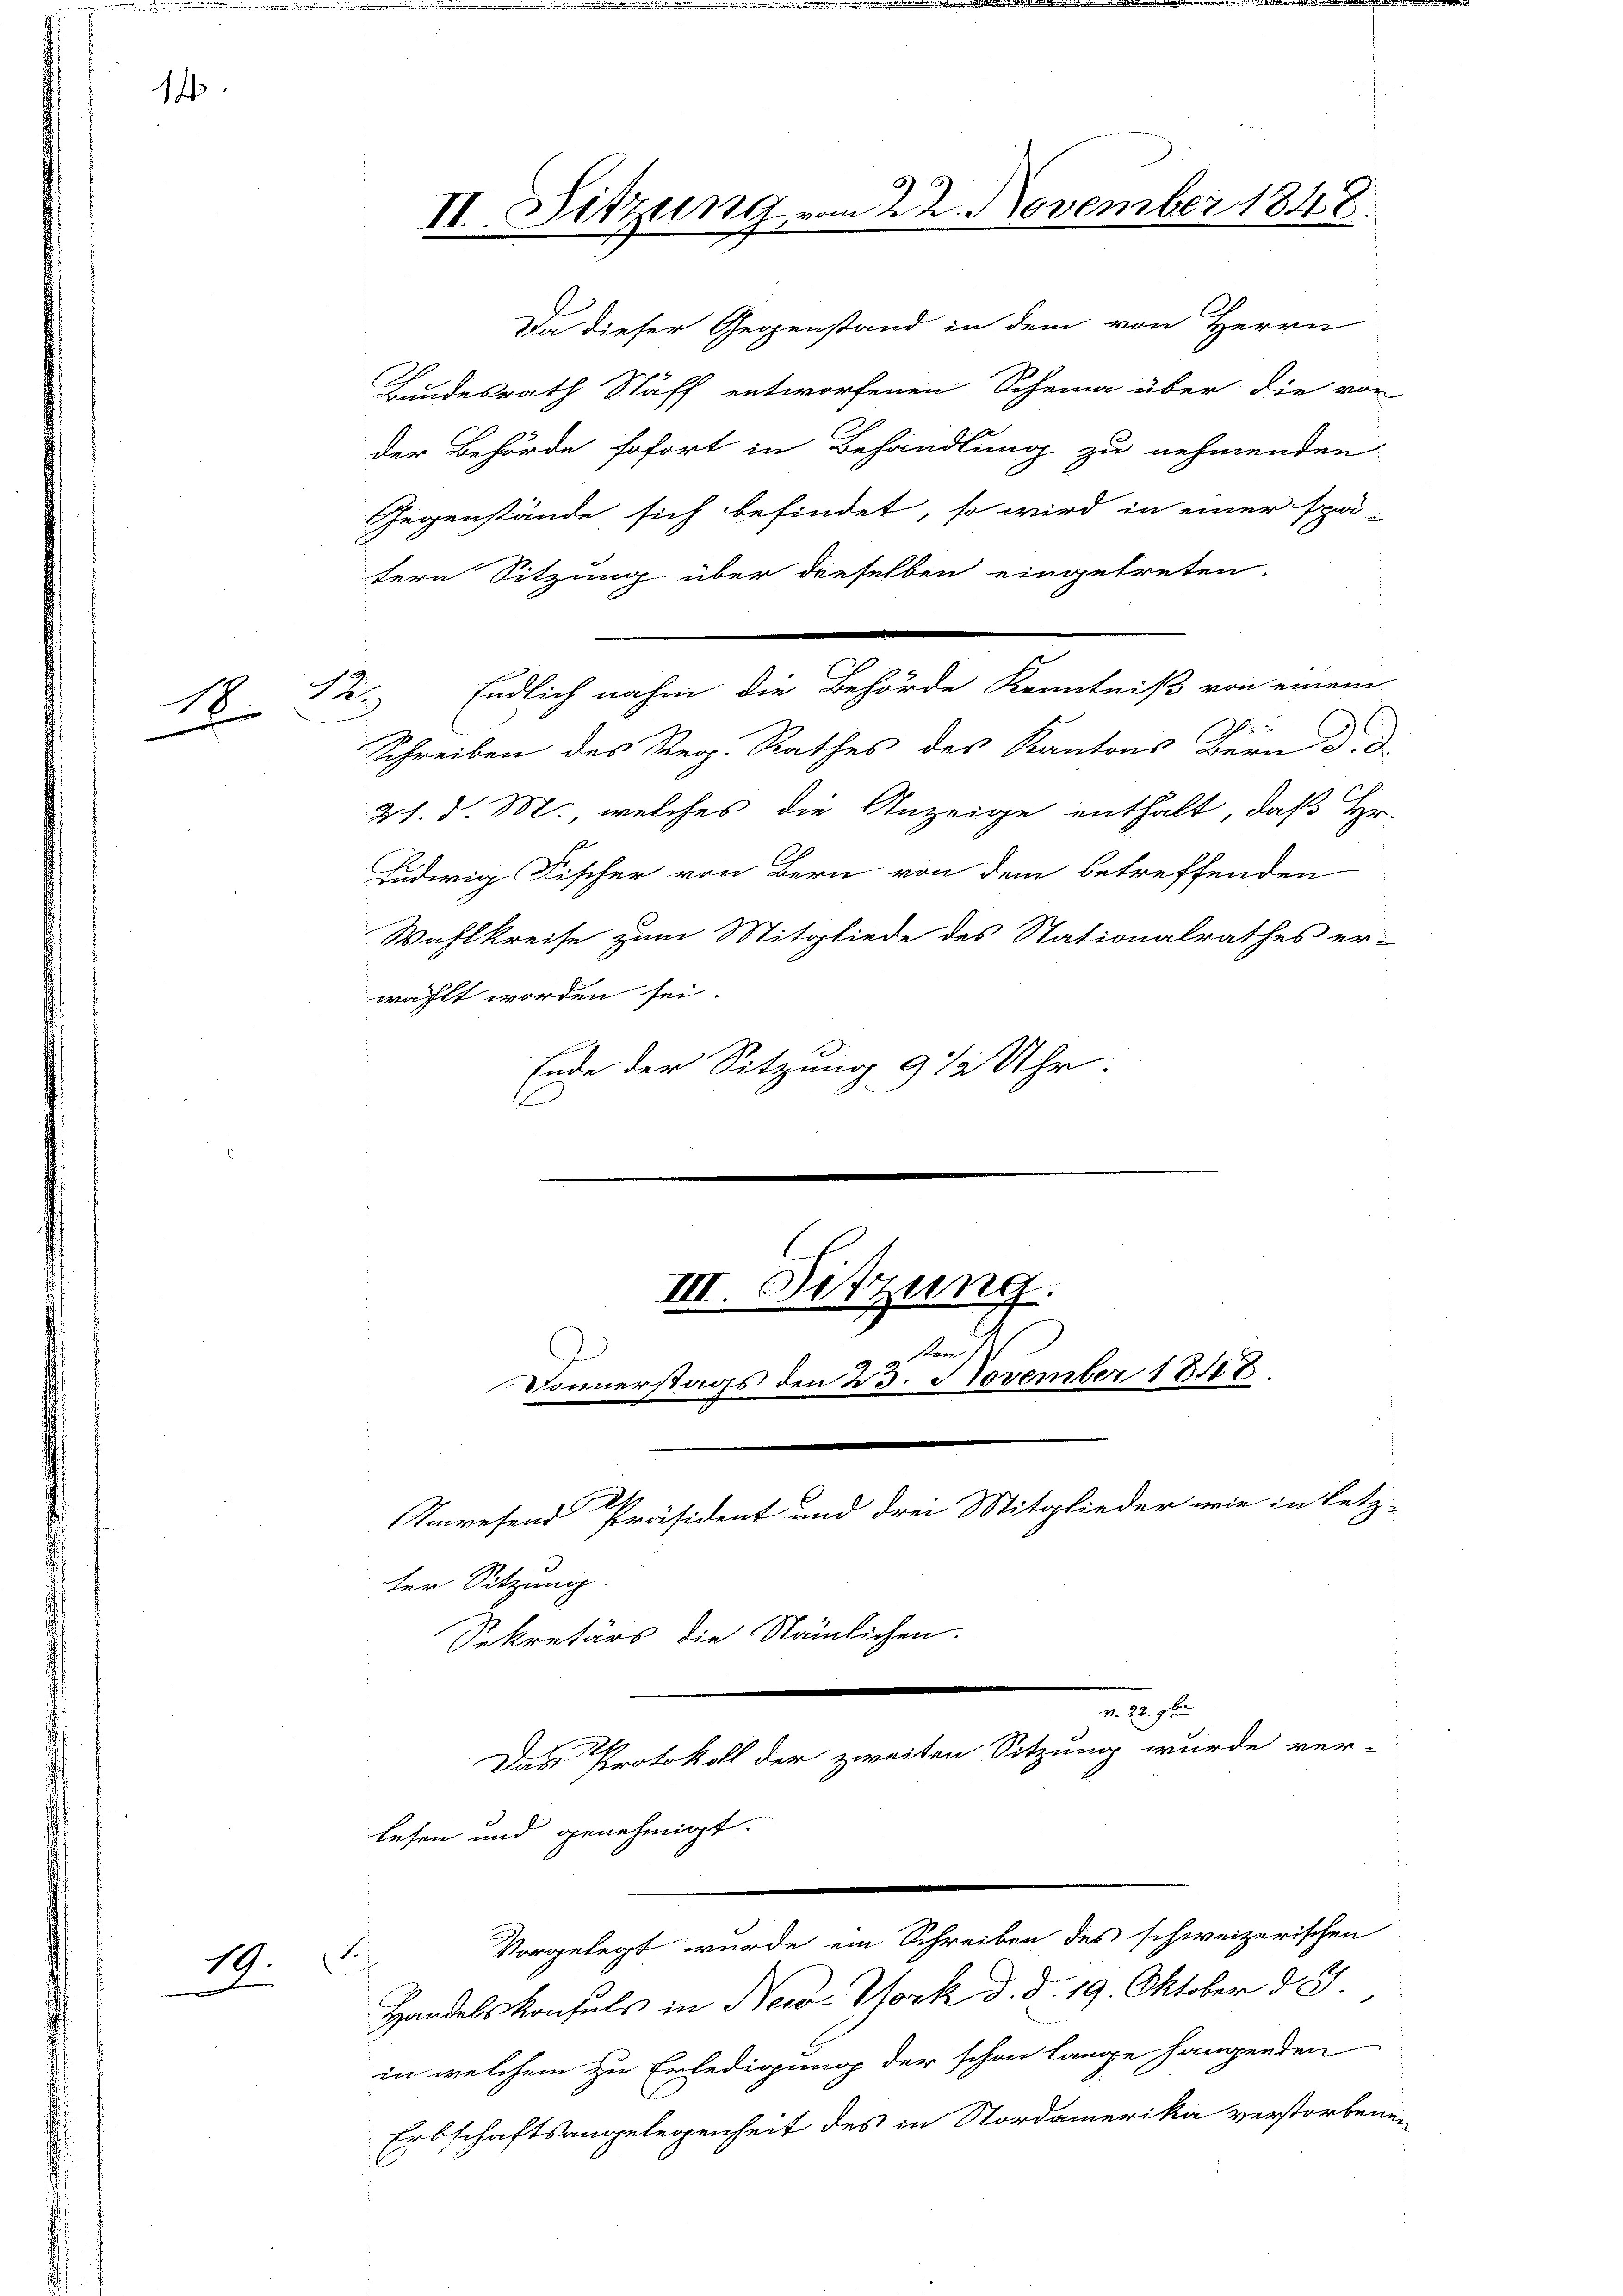
14.

12.
1
8

19.
.

Da dieser Gegenstand in dem von Herrn
Bundesrath Stäff entworfenen Scheina über die von
der Behörde sofort in Behandlung zu nehmenden
Gegenstände sich befindet, so wird in einer spä-
tern Sitzung über dieselben eingetreten.
Schreiben des Reg. Rathes des Kantons Bern d. d.
21. d. M., welches die Anzeige enthalt, daß Hr.
se
Ludwig Fischer von Bern von dem betreffenden
Wahlkreise zum Mitgliede des Stationalrathes er-
wählt worden sei.
Ende der Sitzung 9 % Uhr
e

II. Sitzung vom 22. November 1848.

Endlich nahm die Behörde Kenntniß von einem

III. Sitzung.
den s
Donnerstags den 23. November 1848.

Unwesend Präsident und drei Mitglieder wie in letz-
ter Sitzung.
Sekretärs die Nämlichen.

276
Das Protokoll der zweiten Sitzung wurde ver-
lesen und genehmigt.
Vorgelegt wurde ein Schreiben des schweizerischen
Fe
Handelskonsuls in Nerve York d. d. 19. Oktober d. 3.

in welchem zu Erledigung der schon lange hangenden
Erbschaftsangelegenheit des in Nordamerika verstorbenen